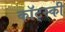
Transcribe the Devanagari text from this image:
कॉट्स्की